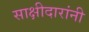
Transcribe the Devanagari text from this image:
साक्षीदारांनी